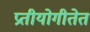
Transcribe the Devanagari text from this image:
प्रतीयोगीतेत